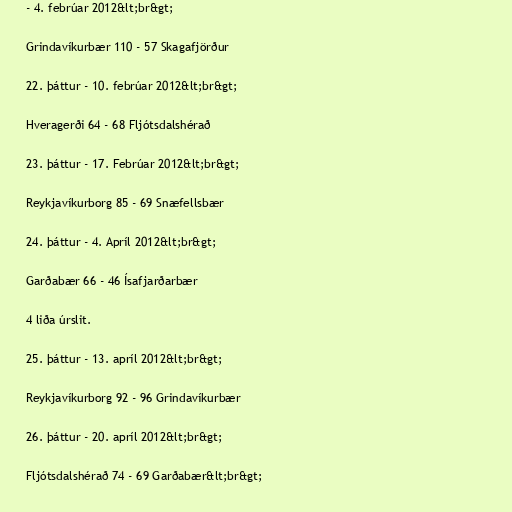
- 4. febrúar 2012&lt;br&gt;

Grindavíkurbær 110 - 57 Skagafjörður

22. þáttur - 10. febrúar 2012&lt;br&gt;

Hveragerði 64 - 68 Fljótsdalshérað

23. þáttur - 17. Febrúar 2012&lt;br&gt;

Reykjavíkurborg 85 - 69 Snæfellsbær

24. þáttur - 4. Apríl 2012&lt;br&gt;

Garðabær 66 - 46 Ísafjarðarbær

4 liða úrslit.

25. þáttur - 13. apríl 2012&lt;br&gt;

Reykjavíkurborg 92 - 96 Grindavíkurbær

26. þáttur - 20. apríl 2012&lt;br&gt;

Fljótsdalshérað 74 - 69 Garðabær&lt;br&gt;